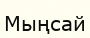
Мыңсай